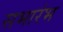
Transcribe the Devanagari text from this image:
सभारंभ